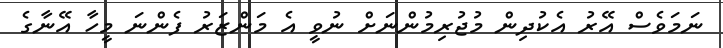
ނަމަވެސް އޭރު އެކުދިން މުޖުރިމުންނަށް ނުވީ އެ މަންޒަރު ފެންނަ މީހާ އޭނާގެ